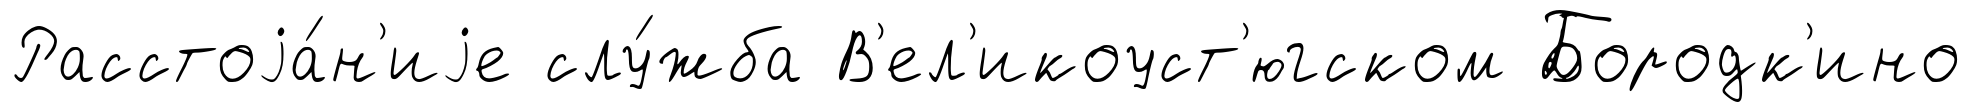
Расстоjа́н'иjе слу́жба В'ел'икоуст'югском Бородк'ино